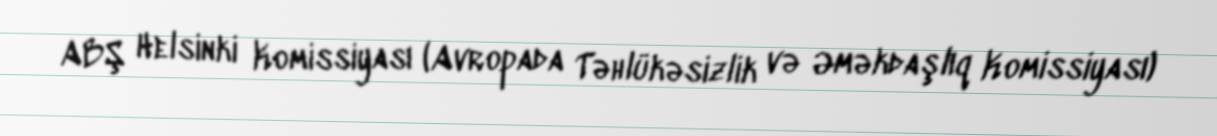
ABŞ Helsinki Komissiyası (Avropada Təhlükəsizlik və Əməkdaşlıq Komissiyası)